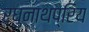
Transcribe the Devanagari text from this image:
रघुनाथप्रिय